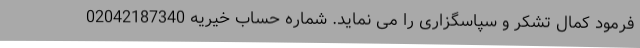
فرمود کمال تشکر و سپاسگزاری را می نماید. شماره حساب خیریه 02042187340